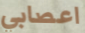
اعصابي